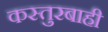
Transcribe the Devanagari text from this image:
कस्तुरबाही